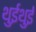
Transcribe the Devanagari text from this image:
थुईथुई